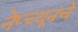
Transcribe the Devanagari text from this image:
नेप्च्यूनचे